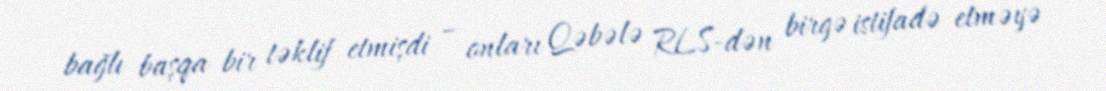
bağlı başqa bir təklif etmişdi – onları Qəbələ RLS-dən birgə istifadə etməyə